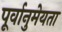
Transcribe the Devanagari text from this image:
पूर्वानुमेयता